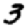
Digit: 3